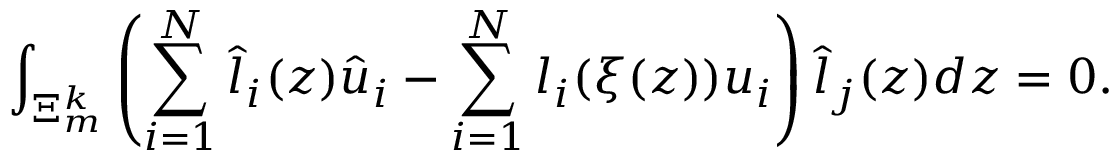
\int _ { \Xi _ { m } ^ { k } } \left( \sum _ { i = 1 } ^ { N } \hat { l } _ { i } ( \boldsymbol { z } ) \hat { u } _ { i } - \sum _ { i = 1 } ^ { N } l _ { i } ( \boldsymbol { \xi } ( \boldsymbol { z } ) ) u _ { i } \right) \hat { l } _ { j } ( \boldsymbol { z } ) d \boldsymbol { z } = 0 .